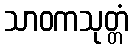
သာဝကသုတ္တံ